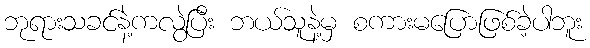
ဘုရားသခင်နဲ့ကလွဲပြီး ဘယ်သူနဲ့မှ စကားမပြောဖြစ်ခဲ့ပါဘူး